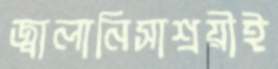
জ্বালানিসাশ্রয়ীই